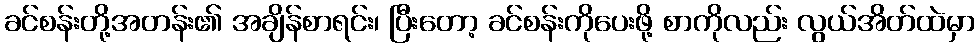
ခင်စန်းတို့အတန်း၏ အချိန်စာရင်း၊ ပြီးတော့ ခင်စန်းကိုပေးဖို့ စာကိုလည်း လွယ်အိတ်ထဲမှာ